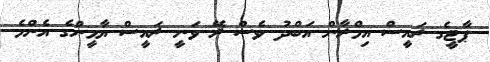
ޕާޓީގެ ރައީސް އިމްރާން އަބްދު ވެސް ރޭ ވަނީ ރައީސް ޔާމީންގެ އެންމެ